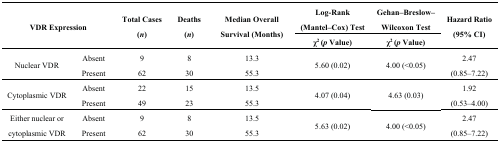
<table><thead><tr><td rowspan="2" colspan="2"><b>VDR Expression</b></td><td rowspan="2"><b>Total Cases (<i>n</i>)</b></td><td rowspan="2"><b>Deaths (<i>n</i>)</b></td><td rowspan="2"><b>Median Overall Survival (Months)</b></td><td><b>Log-Rank (Mantel–Cox) Test</b></td><td><b>Gehan–Breslow–Wilcoxon Test</b></td><td rowspan="2"><b>Hazard Ratio (95% CI)</b></td></tr><tr><td><b>χ<sup>2</sup> (<i>p</i> Value)</b></td><td><b>χ<sup>2</sup> (<i>p</i> Value)</b></td></tr></thead><tbody><tr><td rowspan="2">Nuclear VDR</td><td>Absent</td><td>9</td><td>8</td><td>13.3</td><td rowspan="2">5.60 (0.02)</td><td rowspan="2">4.00 (&lt;0.05)</td><td>2.47</td></tr><tr><td>Present</td><td>62</td><td>30</td><td>55.3</td><td>(0.85–7.22)</td></tr><tr><td rowspan="2">Cytoplasmic VDR</td><td>Absent</td><td>22</td><td>15</td><td>13.5</td><td rowspan="2">4.07 (0.04)</td><td rowspan="2">4.63 (0.03)</td><td>1.92</td></tr><tr><td>Present</td><td>49</td><td>23</td><td>55.3</td><td>(0.53–4.00)</td></tr><tr><td rowspan="2">Either nuclear or cytoplasmic VDR</td><td>Absent</td><td>9</td><td>8</td><td>13.5</td><td rowspan="2">5.63 (0.02)</td><td rowspan="2">4.00 (&lt;0.05)</td><td>2.47</td></tr><tr><td>Present</td><td>62</td><td>30</td><td>55.3</td><td>(0.85–7.22)</td></tr></tbody></table>